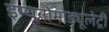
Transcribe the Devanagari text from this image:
इम्यूनोमोड्यूलेट्री